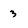
Character: 3